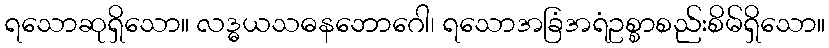
ရသောဆုရှိသော။ လဒ္ဓယသဓနဘောဂေါ၊ ရသောအခြံအရံဥစ္စာစည်းစိမ်ရှိသော။